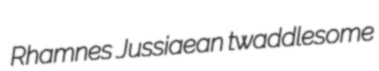
Rhamnes Jussiaean twaddlesome